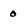
Character: 0